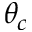
\theta _ { c }